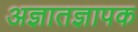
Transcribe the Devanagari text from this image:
अज्ञातज्ञापक